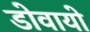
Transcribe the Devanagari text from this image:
डोवायो